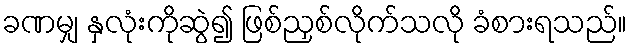
ခဏမျှ နှလုံးကိုဆွဲ၍ ဖြစ်ညှစ်လိုက်သလို ခံစားရသည်။